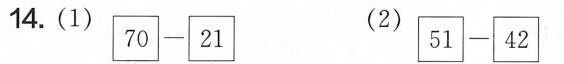
14.(1)$$70 - 21$$ (2)$$51 - 42$$